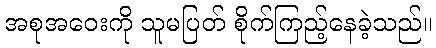
အစုအဝေးကို သူမပြတ် စိုက်ကြည့်နေခဲ့သည်။